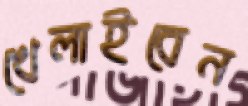
খেলাইবেন